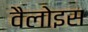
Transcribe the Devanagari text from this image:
वैलोइस